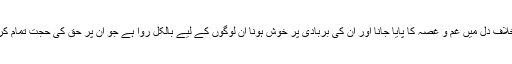
یہ امر یہاں ملحوظ رہے کہ اعدائے حق کے خلاف دل میں غم و غصہ کا پایا جانا اور ان کی بربادی پر خوش ہونا ان لوگوں کے لیے بالکل روا ہے جو ان پر حق کی حجت تمام کر کے اپنے فرض سے سبکدوش ہو چکے ہیں۔